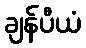
ချန်ပီယံ